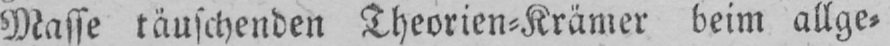
Masse täuschenden Theorien⸗Krämer beim allge⸗